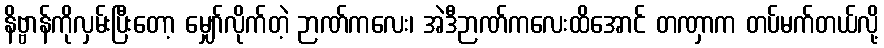
နိဗ္ဗာန်ကိုလှမ်းပြီးတော့ မျှော်လိုက်တဲ့ ဉာဏ်ကလေး၊ အဲဒီဉာဏ်ကလေးထိအောင် တဏှာက တပ်မက်တယ်လို့